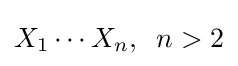
X_{1}\cdots X_{n},\;\;n>2